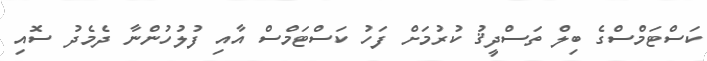
ކަސްޓަމްސްގެ ބިލް ތަސްދީޤު ކުރުމަށް ފަހު ކަސްޓަމްސް އާއި ފުލުހުންނާ ދެމެދު ސޮއި